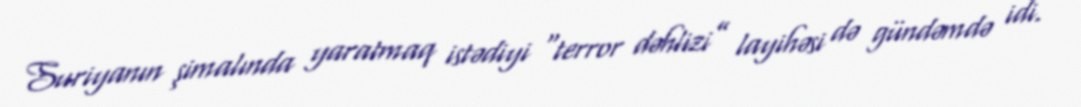
Suriyanın şimalında yaratmaq istədiyi “terror dəhlizi” layihəsi də gündəmdə idi.